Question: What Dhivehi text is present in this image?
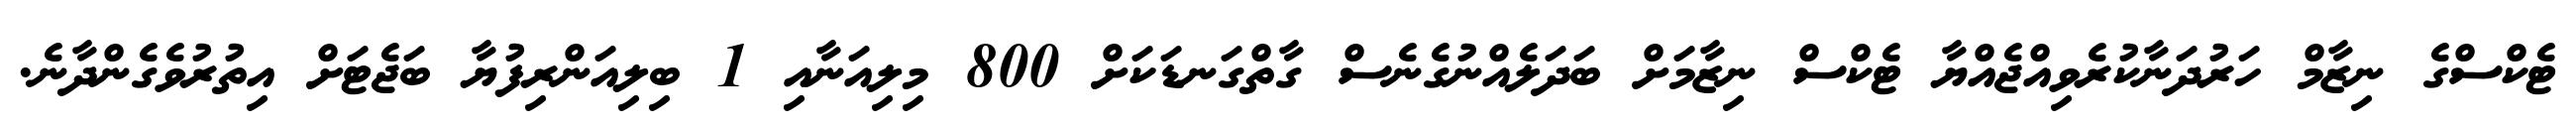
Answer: ޓެކްސްގެ ނިޒާމް ހަރުދަނާކުރެވިއްޖެއްޔާ ޓެކްސް ނިޒާމަށް ބަދަލެއްނުގެނެސް ގާތްގަނޑަކަށް 800 މިލިއަނާއި 1 ބިލިއަންރިފުޔާ ބަޖެޓަށް އިތުރުވެގެންދާނެ.